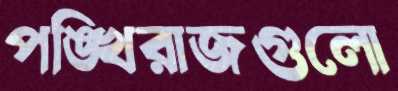
পঙ্খিরাজগুলো